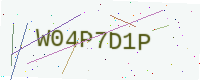
Text: W04P7D1P